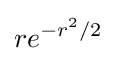
re^{-r^{2}/2}